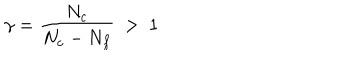
\gamma = \frac { N _ { c } } { N _ { c } - N _ { f } } ~ > ~ 1